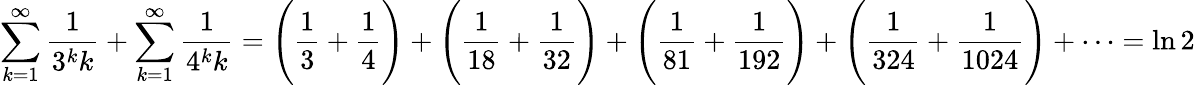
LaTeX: \sum_{k=1}^{\infty}{\frac{1}{3^{k}k}}+\sum_{k=1}^{\infty}{\frac{1}{4^{k}k}}={\Bigg(}{\frac{1}{3}}+{\frac{1}{4}}{\Bigg)}+{\Bigg(}{\frac{1}{18}}+{\frac{1}{32}}{\Bigg)}+{\Bigg(}{\frac{1}{81}}+{\frac{1}{192}}{\Bigg)}+{\Bigg(}{\frac{1}{324}}+{\frac{1}{1024}}{\Bigg)}+\cdots=\ln 2